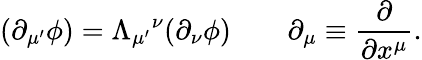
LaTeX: (\partial_{\mu^{\prime}}\phi)=\Lambda_{\mu^{\prime}}{}^{\nu}(\partial_{\nu}\phi)\qquad\partial_{\mu}\equiv{\frac{\partial}{\partial x^{\mu}}}.